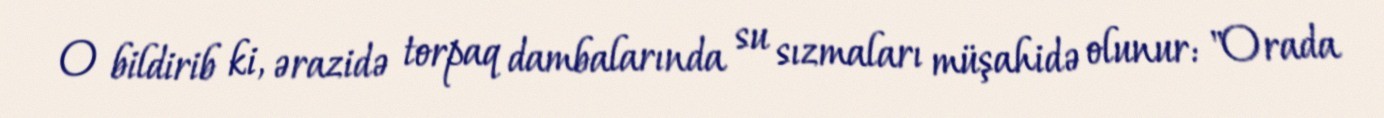
O bildirib ki, ərazidə torpaq dambalarında su sızmaları müşahidə olunur: "Orada